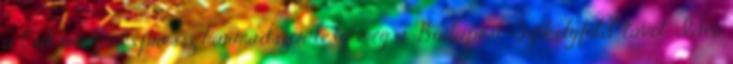
a Csíksomlyó expressz harmadszor teszi meg a Budapest–Székelyföld-távot. Idén